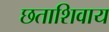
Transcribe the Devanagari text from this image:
छताशिवाय